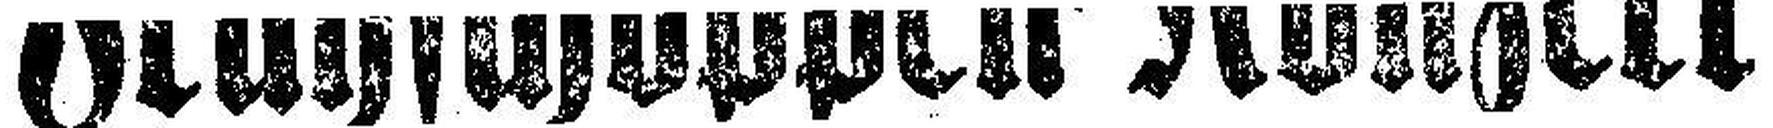
Frühschoppen=Konzert